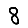
Digit: 8